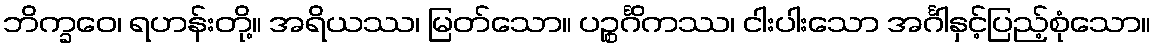
ဘိက္ခဝေ၊ ရဟန်းတို့။ အရိယဿ၊ မြတ်သော။ ပဉ္စင်္ဂိကဿ၊ ငါးပါးသော အင်္ဂါနှင့်ပြည့်စုံသော။